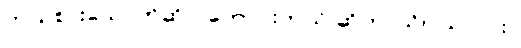
ဘယ်စားသောက်ဆိုင် ကောင်းတယ် ဆိုတာသိပါသလား။